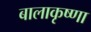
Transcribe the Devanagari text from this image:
बालाकृष्णा